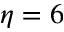
\eta = 6